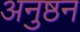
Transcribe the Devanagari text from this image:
अनुष्ठन